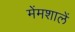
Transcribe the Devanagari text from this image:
मेंमशालें